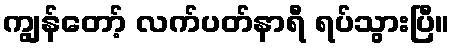
ကျွန်တော့် လက်ပတ်နာရီ ရပ်သွားပြီ။